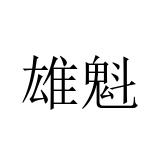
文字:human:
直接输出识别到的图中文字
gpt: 雄魁